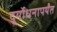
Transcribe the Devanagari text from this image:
दुर्योधनापर्यंत